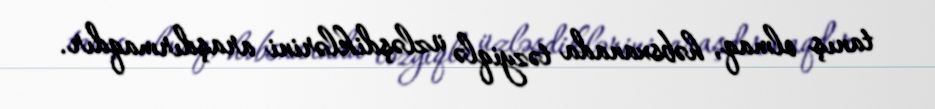
tanış olmaq, həbsxanada təzyiqlə üzləşdiklərini araşdırmaqdır.